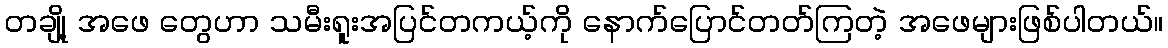
တချို့ အဖေ တွေဟာ သမီးရူးအပြင်တကယ့်ကို နောက်ပြောင်တတ်ကြတဲ့ အဖေများဖြစ်ပါတယ်။